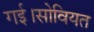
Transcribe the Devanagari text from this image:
गई।सोवियत